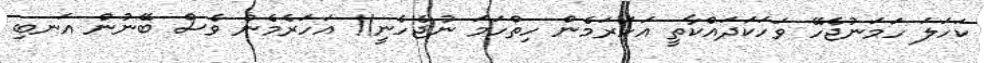
ކަހަލަ ހަމަނުޖެހޭ ވަހަކަދައްކާތީ އަހަރަމެން ހިތްހަމަ ނުޖެހެނީ!! އަހަރެމެން ވެސް ބޭނުން އަނބި